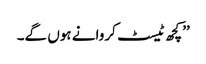
’’کچھ ٹیسٹ کروانے ہوں گے۔